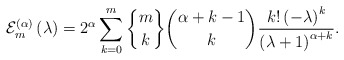
\begin{align*}\mathcal{E}_{m}^{\left( \alpha\right) }\left( \lambda\right) =2^{\alpha}\sum_{k=0}^{m}\genfrac{\{}{\}}{0pt}{}{m}{k}\binom{\alpha+k-1}{k}\frac{k!\left( -\lambda\right) ^{k}}{\left(\lambda+1\right) ^{\alpha+k}}. \end{align*}